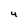
Character: 4